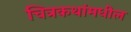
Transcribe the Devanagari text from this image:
चित्रकथांमधील